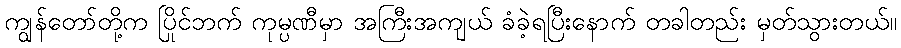
ကျွန်တော်တို့က ပြိုင်ဘက် ကုမ္ပဏီမှာ အကြီးအကျယ် ခံခဲ့ရပြီးနောက် တခါတည်း မှတ်သွားတယ်။